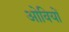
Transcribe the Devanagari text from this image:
ओवियों